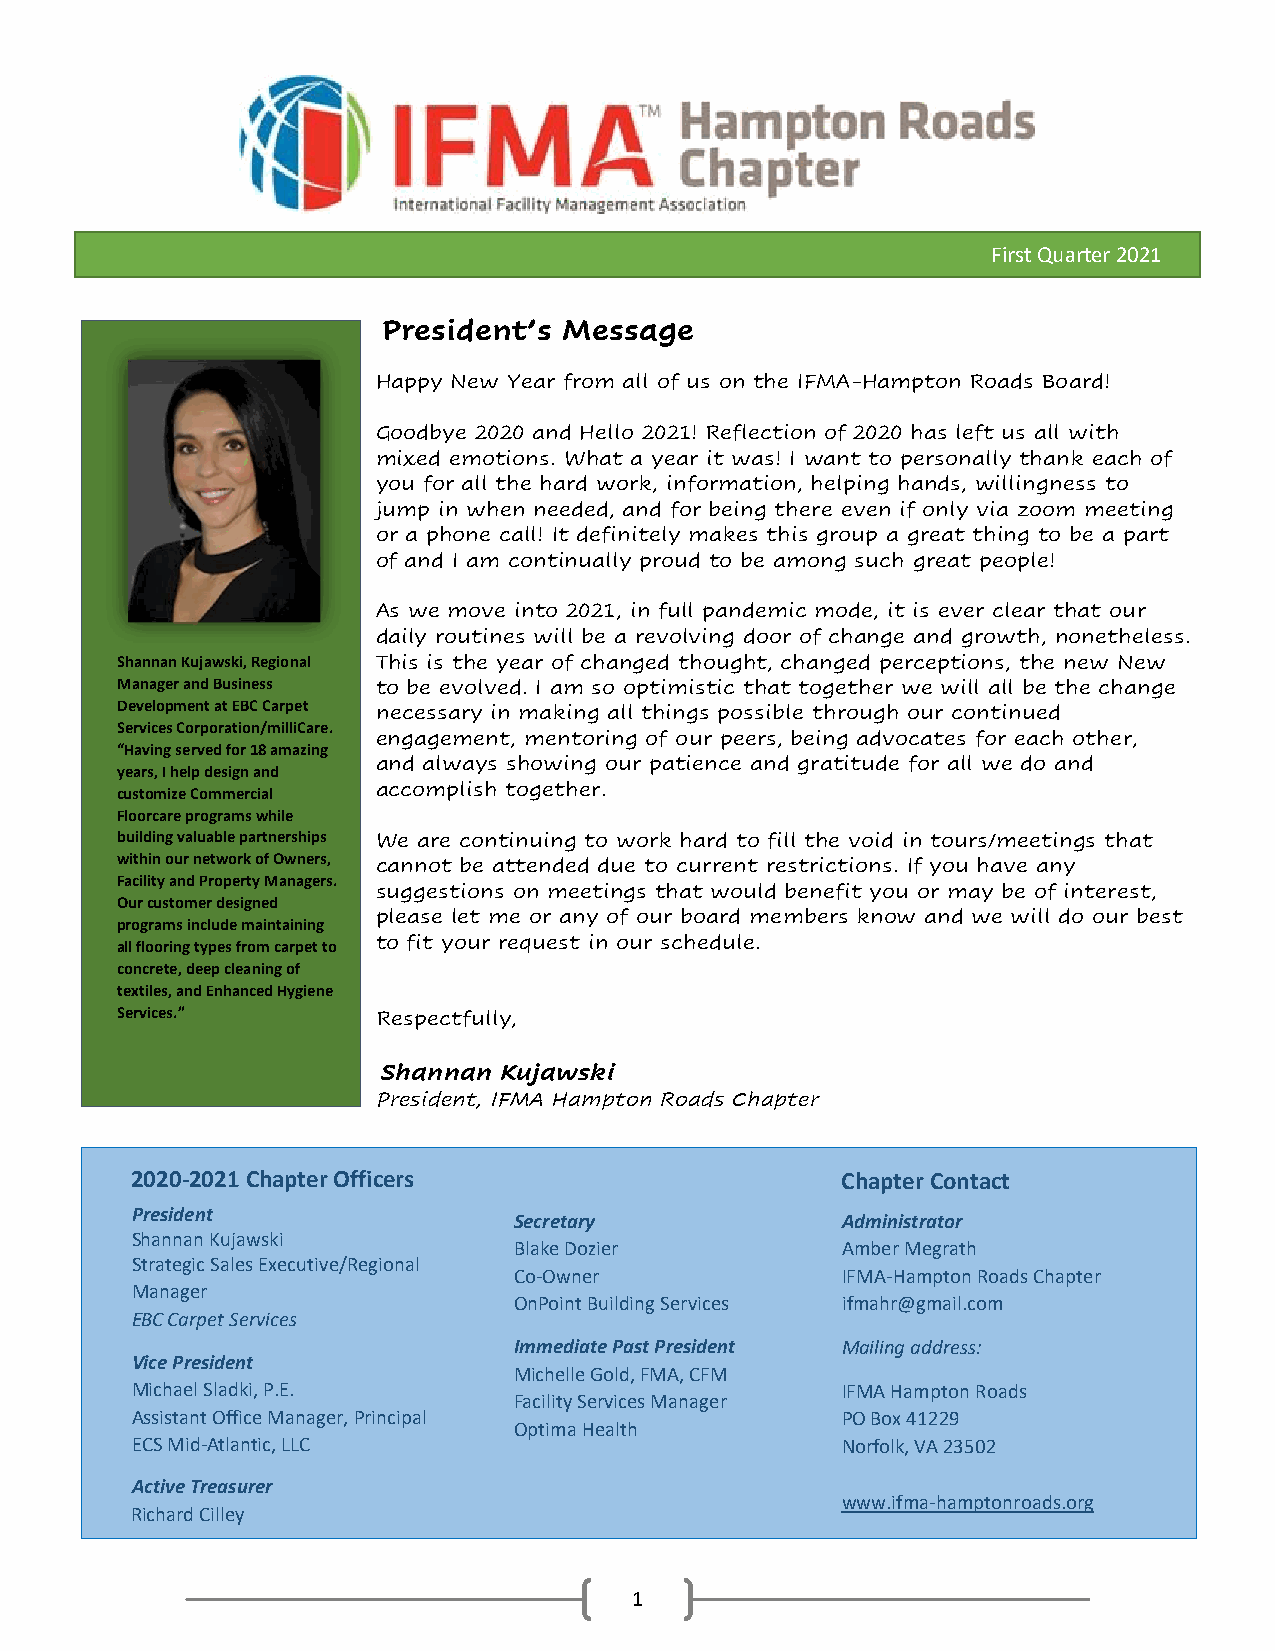
First Quarter 2021
 President’s Message
 Happy New Year from all of us on the IFMA-Hampton Roads Board!
 Goodbye 2020 and Hello 2021! Reflection of 2020 has left us all with
 mixed emotions. What a year it was! I want to personally thank each of
 you for all the hard wor k, information, helping hands, willingness to
 jump in when needed, and for being there even if only via zoom meeting
 or a phone call! It defini tely makes this group a great thing to be a part
 of and I am continually proud to be among such great people!
 As we move into 2021, in full pandemic mode, it is ever clear that our
 daily routines will be a revolving door of change and growth, nonetheless.
 Shannan Kujawski, Regional This is the year of changed thought, changed perceptions, the new New
 Manager and Business to be evolved. I am so optimistic that together we will all be the change
 Development at EBC Carpet
 necessary in making all things possible through our continued
 Services Corporation/milliCare.
 engagement, mentoring of our peers, being advocates for each other,
 “Having served for 18 amazing
 and always showing our patience and gratitude for all we do and
 years, I help design and
 customize Commercial accomplish together.
 Floorcare programs while
 building valuable partnerships We are continuing to work hard to fill the void in tours/meetings that
 within our network of Owners , cannot be attended due to current restrictions. If you have any
 Facility and Property Managers.
 suggestions on meetings that would benefit you or may be of interest,
 Our customer designed
 please let me or any of our board members know and we will do our best
 programs include maintaining
 all flooring types from carpet t o to fit your request in ou r schedule.
 c oncrete, deep cleaning of
 t extiles, and Enhanced Hygiene
 Services.”       Respectfully,
 Shannan Kujawski
 President, IFMA Hampton Roads Chapter
 2020-2021 Chapter Officers                     Chapter Contact
 President
 Secretary             Administrator
 Shannan Kujawski
 Blake Dozier          Amber Megrath
 Strategic Sales Executive/Regional
 Co-Owner              IFMA-Hampton Roads Chapter
 Manager
 OnPoint Building Services ifmahr@gmail.com
 EBC Carpet Services
 Immediate Past President Mailing address:
 Vice President
 Michelle Gold, FMA, CFM
 Michael Sladki, P.E.                           IFMA Hampton Roads
 Facility Services Manager
 Assistant Office Manager, Principal            PO Box 41229
 Optima Health
 ECS Mid-Atlantic, LLC                          Norfolk, VA 23502
 Active Treasurer
 www.ifma-hamptonroads.org
 Richard Cilley
 1